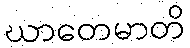
ဃာတေမာတိ